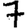
Digit: 7